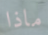
ماذا